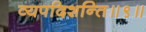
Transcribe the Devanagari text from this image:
व्यपदिशन्ति॥९॥